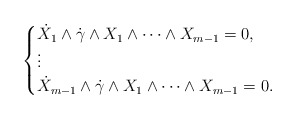
\begin{align*}\begin{cases}\dot{X}_{1} \wedge \dot{\gamma} \wedge X_{1} \wedge \dotsb \wedge X_{m-1} = 0, \\\vdots\\ \dot{X}_{m-1} \wedge \dot{\gamma} \wedge X_{1} \wedge \dotsb \wedge X_{m-1} = 0.\end{cases}\end{align*}